system: You are a helpful assistant.
user:
Analyze the provided spectrum to determine if it is a **"Cataclysmic Variables (CV)"**.

- **Key Indicators for CV (Check for either state):**
    - **State 1: Quiescent / Low-State (Emission-Dominated)**
        - **(Primary):** Strong and *very broad* Hydrogen Balmer emission lines (e.g., $H\alpha$ at 6563 Å, $H\beta$ at 4861 Å). The 'broadness' (high velocity dispersion, often FWHM > 1000 km/s) is the key diagnostic, indicating a high-velocity accretion disk.
        - **(Secondary):** Broad neutral Helium (He I) emission lines (e.g., 5876 Å, 6678 Å).
        - **(Key Confirmation):** Presence of high-excitation *ionized* Helium (He II) emission at 4686 Å. This is a strong indicator of accretion onto a white dwarf.
        - **(Line Profile):** Emission lines may exhibit a 'double-peaked' profile, which is a classic signature of a rotating accretion disk viewed at high inclination.

    - **State 2: Outburst / High-State (Absorption-Dominated)**
        - **(Primary):** Spectrum is dominated by a bright, blue continuum (looks like a hot star).
        - **(Secondary):** The emission lines from State 1 are weak, absent, or 'filled in', and are replaced by broad, shallow *absorption* lines (primarily Balmer and He I).
        - **(Morphology):** The overall spectrum mimics a hot B/A-type star. The crucial difference is that the absorption lines are significantly broader, shallower, and more 'washed-out' (or 'smeared') than the sharp lines of a normal stellar photosphere, due to high rotational speeds and pressure broadening in the disk.

Think first, call **spectral_visualization_tool** if needed to examine features in detail, then provide your final answer. Your response must adhere to the following strict rules:
1.  **Overall Structure:** Your response must follow the format `<think>...</think> <tool_call>...</tool_call> (if a tool is used) <answer>...</answer>`.
2.  **Tool Usage Constraint:** You may only make **one** tool call per turn.
3.  **Final Answer Format:** In the `<answer>` tag, your conclusion must be inside a `\boxed{}` command (e.g., `\boxed{YES}`), followed by your justification.

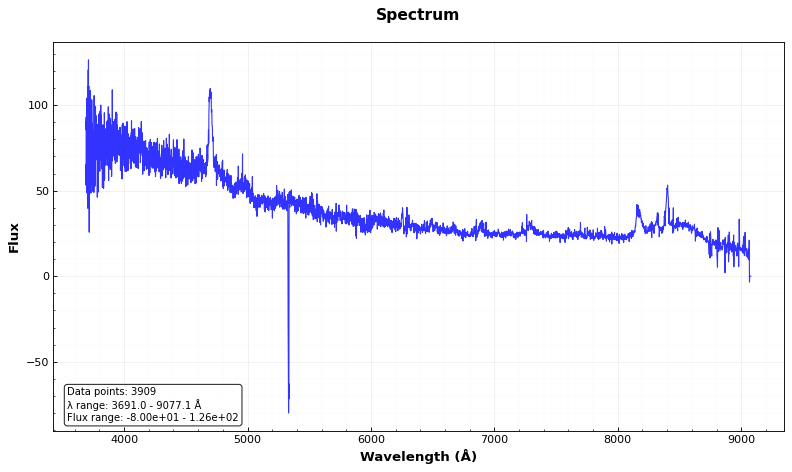
Answer: NO